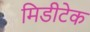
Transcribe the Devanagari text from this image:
मिडीटेक